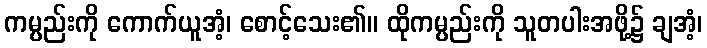
ကမ္ပည်းကို ကောက်ယူအံ့၊ စောင့်သေး၏။ ထိုကမ္ပည်းကို သူတပါးအဖို့၌ ချအံ့၊